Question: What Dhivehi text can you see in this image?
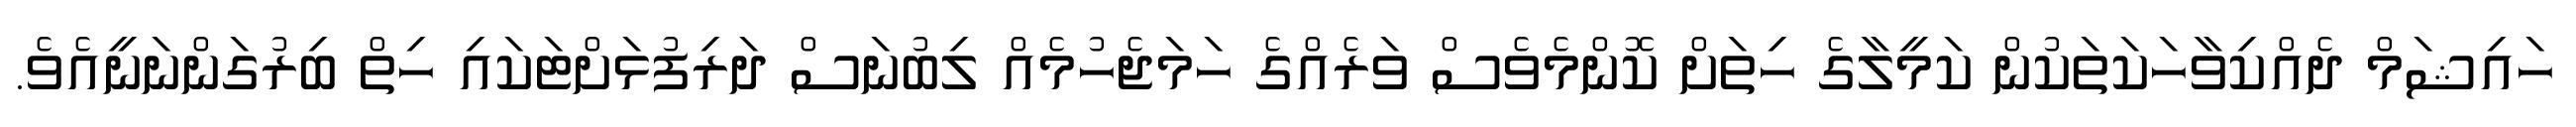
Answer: ހައިޝަމް ދެއްކިވާހަކަތަކުން ކަމީލާގެ ހިތަށް ކޮންމެވެސް ވަރެއްގެ ހަމަޖެހުމެއް ލިބުނަސް ދަރިފުޅަށްޓަކައި ހިތް ބިރުގަންނަނީއެވެ.